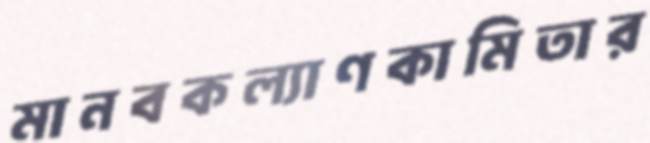
মানবকল্যাণকামিতার